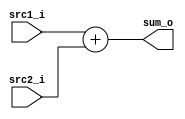

`timescale 1ns/1ps

module Adder(
    input  [31:0] src1_i,
    input  [31:0] src2_i,
    output [31:0] sum_o
);

assign sum_o = src1_i + src2_i;


endmodule